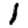
Digit: 1